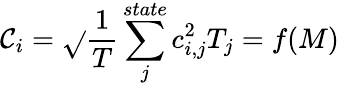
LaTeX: \mathcal{C}_{i}=\sqrt{}{{\frac{{1}}{{T}}\sum_{j}^{state}c_{i,j}^{2}T_{j}}}=f(M)